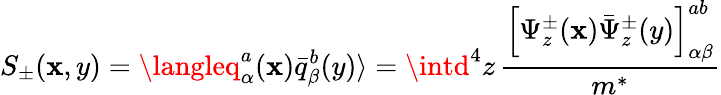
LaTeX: S_{\pm}(\mathbf{x},y)=\langleq_{\alpha}^{a}(\mathbf{x}){\bar{{q}}}_{\beta}^{b}(y)\rangle=\intd^{4}z\, \frac{{\left[\Psi_{z}^{\pm}(\mathbf{x}){\bar{{\Psi}}}_{z}^{\pm}(y)\right]_{\alpha\beta}^{ab}}}{{m^{*}}}